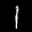
Label: 1